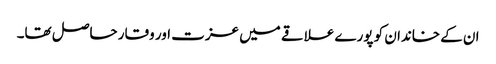
ان کے خاندان کو پورے علاقے میں عزت اور وقار حاصل تھا۔